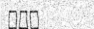
١١١